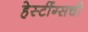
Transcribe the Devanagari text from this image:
हेस्टींग्सची